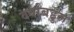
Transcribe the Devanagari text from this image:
वर्षाबहुल